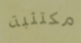
مكتئبة